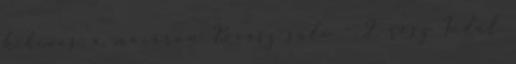
kihívás: a macaron Kovász suli – 2. rész Indul